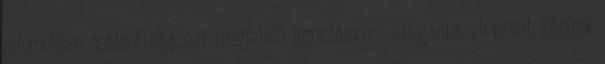
elfogadja-e a bizottság, ezt megfelelő igazolásként elfogadta, elnézést kérünk